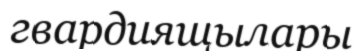
гвардиящылары